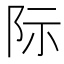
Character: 际